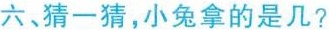
六、猜一猜，小兔拿的是几?